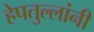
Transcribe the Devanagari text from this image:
हेपतुल्लांनी